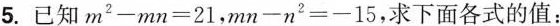
5.已知$$m^{2}-mn=21$$，$$mn-n^{2}=-15$$，求下面各式的值：